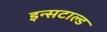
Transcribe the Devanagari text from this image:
इन्सटाल्ड